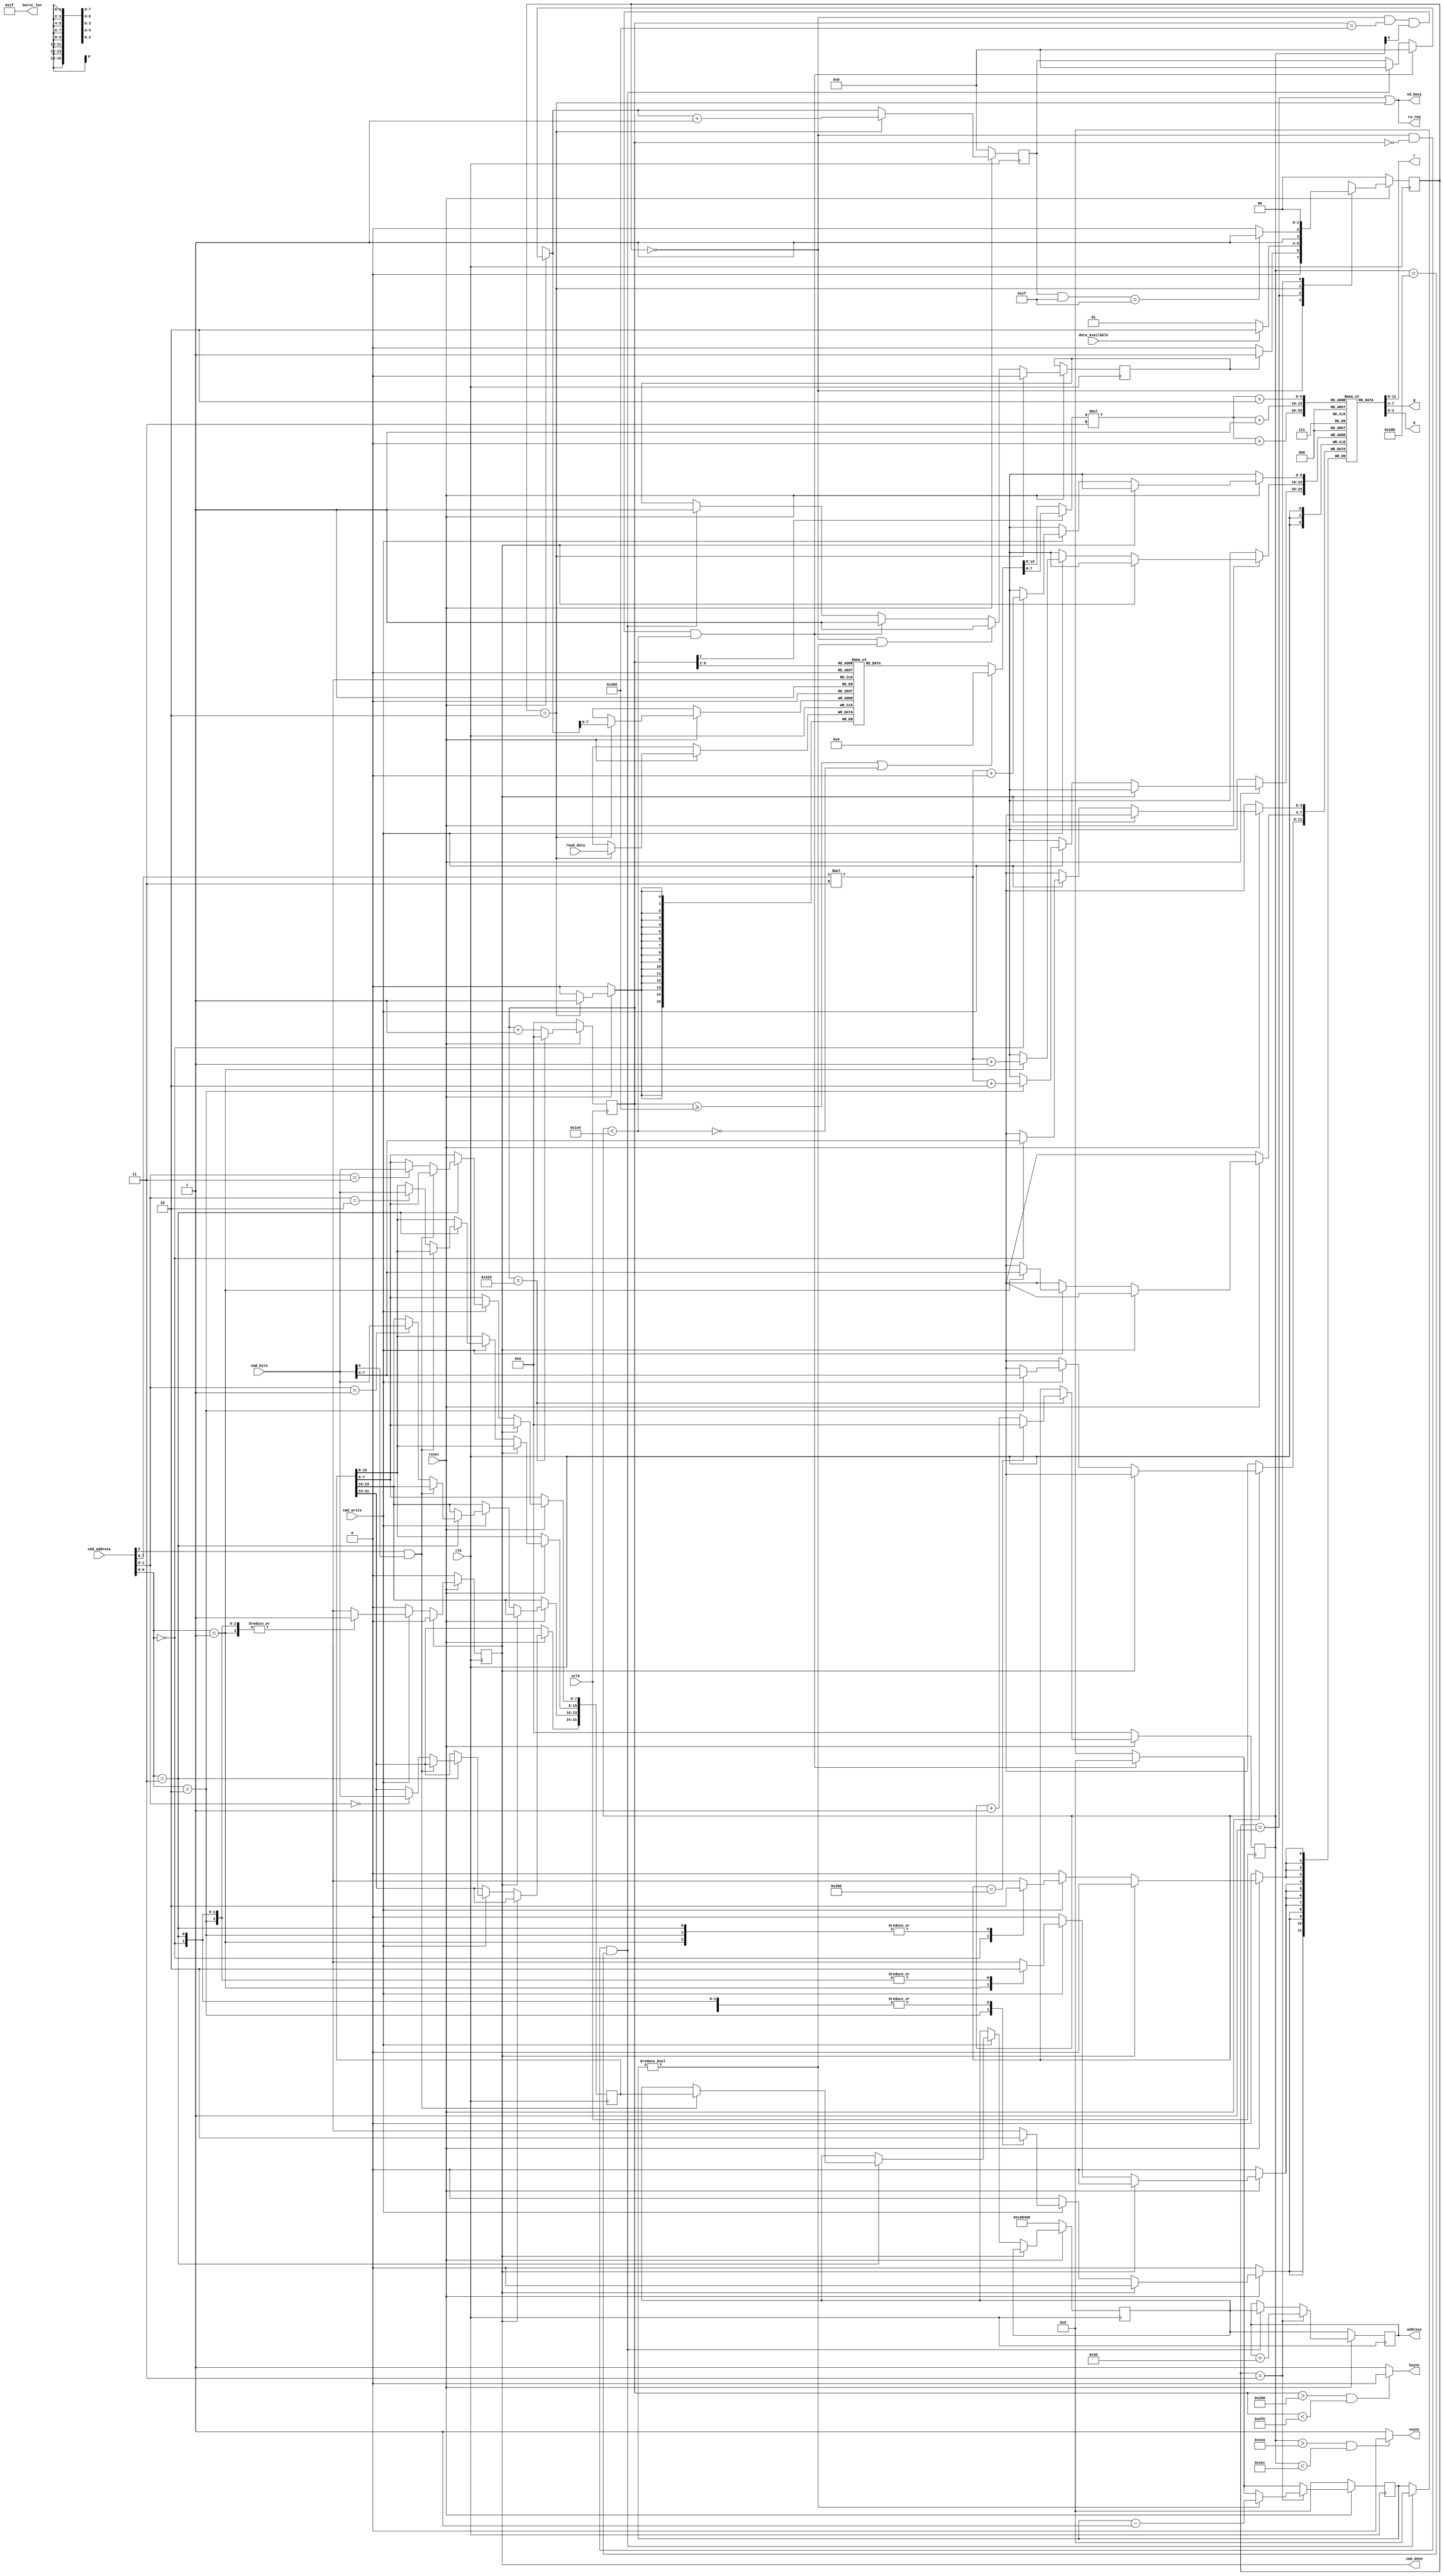
	// This is a LE Hog (prbly due to paletta and scalline buffer).....
	module vga(     input clk,	
					    input vclk,
						 input reset,
						 output wire [31:0] address,
						 output wire rw_req,
						 input wire[15:0] read_data,
						 output wire [7:0] burst_len,
						 input wire data_available,
						 input wire [7:0] cmd_byte,
						 input wire [9:0] cmd_address,
						 input wire cmd_write,
						 output cmd_done,
						 output sd_busy,
						 output [3:0]r,
						 output [3:0]g,
						 output [3:0]b,
						 output vsync,
						 output hsync);
	
	localparam H_VISABLE= 640; 	
	localparam H_FRONT_PORCH = 16; 	
	localparam H_SYNC_PULSE = 96; 	
	localparam H_BACK_PORCH = 48; 	
	localparam H_TOTAL = H_VISABLE+H_FRONT_PORCH+H_SYNC_PULSE+H_BACK_PORCH; 	


	localparam V_VISABLE= 480; 		
	localparam V_FRONT_PORCH = 10; 	
	localparam V_SYNC_PULSE = 2; 	
	localparam V_BACK_PORCH = 33; 	
	localparam V_TOTAL = V_VISABLE+V_FRONT_PORCH+V_SYNC_PULSE+V_BACK_PORCH; 
	
	localparam 	IDLE = 2'd0,
				   REQUEST_LINE = 2'd1,
					READ_DATA = 2'd2,
					DONE = 2'd3;
	
	
		localparam CMD_WRITE_DELAY= 2; 		

	//  We will use 8 bit pallete as likly to move this to HDMI
	// this is expensive
	
	reg [3:0] palette [0:255][0:2];
		
	reg [9:0] hpos;
	reg [9:0] vpos;
	
	reg [1:0] nState;
	reg [1:0] cState;
	
	// Start of frame in memory
	reg [31:0] t_frame_start;
	reg [31:0] frame_start;
	reg [31:0] frame_pos;

	
	//reg [15:0] scanline [63:0] ;
	
	// 2 scan lines
	reg [15:0] scanline [0:159] ;
	
	
	reg [8:0] scanline_pos;

	reg [3:0] no_burst;
	reg [3:0] back_off;

	
	reg req_burst;
	reg cmd_donel;


	wire [15:0] pixel;
	
		wire v_vis;
	assign v_vis = vpos <V_VISABLE;
	
	assign cmd_done =cmd_donel;
	
	assign burst_len = 8'd31;
	assign vsync = ((vpos > V_VISABLE+V_FRONT_PORCH) && (vpos < V_VISABLE+V_FRONT_PORCH+V_SYNC_PULSE)) ? 1'b0: 1'b1;
	assign hsync = ((hpos > H_VISABLE+H_FRONT_PORCH) && (hpos < H_VISABLE+H_FRONT_PORCH+H_SYNC_PULSE)) ? 1'b0: 1'b1;
	
	assign rw_req  = (cState== REQUEST_LINE) || (cState==READ_DATA) ;
	assign sd_busy  = (cState== REQUEST_LINE) || (cState==READ_DATA) ;
	assign address = frame_pos;
	
	// Scan line doubler
	assign pixel = (hpos>= H_VISABLE || ~v_vis) ? 0 :  scanline[hpos[9:2]];
	
	

	
	// Read MSB from palette 
	wire [7:0] lu;
	assign lu = !hpos[1] ? pixel[15:8] : pixel[7:0];
	
	assign r = palette[lu][0];
	assign g = palette[lu][1];
	assign b = palette[lu][2];


	
	always@(posedge clk) begin
		if(~reset)
		begin
			frame_start<=32'hC00400;
			cmd_donel<=0;
		end
		else 
		begin
			if( cmd_donel==1)
				 cmd_donel<=0;
			else if(cmd_write)
			begin
				case(cmd_address[9:8])
				 2'b00: begin
							 palette[cmd_address[7:0]][0] <= cmd_byte[7:4];
							 cmd_donel<=1;
						  end
				 2'b01: begin
							 palette[cmd_address[7:0]][1] <= cmd_byte[7:4];
							 cmd_donel<=1;
						  end
				 2'b10: begin
							 palette[cmd_address[7:0]][2] <= cmd_byte[7:4];
							 cmd_donel<=1;
						  end
				 2'b11: begin
							 // Atomic frame addressz switch
							 if(cmd_address[2] && cmd_byte[0]) begin
								frame_start<=t_frame_start;
							 end else 
							 begin
							 case(cmd_address[1:0]) 
								2'b00: begin
											t_frame_start[31:24] <= cmd_byte;
										 end
								2'b01: begin
										   t_frame_start[23:16] <= cmd_byte;
									   end
								2'b10: begin
											t_frame_start[15:8] <= cmd_byte;
										 end
								2'b11: begin
											t_frame_start[7:0] <= cmd_byte;
										 end
								endcase
								
							end
							cmd_donel<=1;
						end
				endcase
			end
		end
		end
		
	always@(posedge vclk) begin
		if(~reset)
		begin
			hpos <= 0;
			vpos <=0;
		end
		else
		begin
			if(hpos == H_TOTAL) 
			begin
				hpos<=0;
				if(vpos == V_TOTAL) vpos<=0;
				else vpos <= vpos+10'h1;
	
			end
			else hpos <= hpos+10'h1;
		end
	end


	
	always@(posedge clk) begin
		if(~reset)
		begin
			scanline_pos=0;
			frame_pos <= frame_start;
			no_burst<=5;
		end
		else
		begin
			if(cState == IDLE && hpos ==0 && vpos ==V_TOTAL-2 ) begin
				frame_pos <= frame_start;
				scanline_pos=0;
				req_burst <=1;
				no_burst<=5;
			end
			if(cState == IDLE && hpos ==H_VISABLE  && vpos[0]==1  && v_vis) begin
				scanline_pos=0;
				req_burst <=1;
				no_burst<=5;
			end
			if(cState == IDLE && no_burst!=0 ) req_burst <=1;

		   if(cState == READ_DATA) begin
					req_burst <=0;
					scanline[scanline_pos] <= read_data;
					scanline_pos = scanline_pos+9'h1;
			end 
		   if(cState == DONE) begin
				frame_pos<=frame_pos+32'd64;
				if(no_burst !=0) no_burst<=no_burst-4'b1;
			end 
		end
	end

// FSM
always@(posedge clk) begin
	if(~reset)
	begin
		cState = IDLE;
	end
	else
			cState <= nState;
end



	// Memeory burst FSM
	always@ ( * ) begin
		case(cState)
			 IDLE: begin
						if(req_burst) nState = REQUEST_LINE;
						else nState = IDLE;
					 end
			 REQUEST_LINE:
					 begin
						if(data_available) nState = READ_DATA;
						else nState = REQUEST_LINE;
					 end	
			 READ_DATA:
					 begin
						if((scanline_pos & 10'h1f) == 10'h1f ) nState = DONE;
						else nState = READ_DATA;
					 end	
			 DONE:
					 begin
						nState = IDLE;
					 end	
		endcase
	end			

	
endmodule